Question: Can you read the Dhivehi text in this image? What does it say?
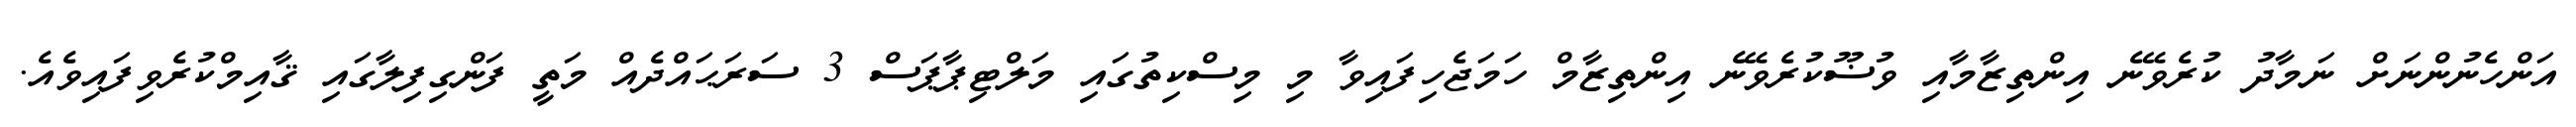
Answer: އަންހެނުންނަށް ނަމާދު ކުރެވޭނެ އިންތިޒާމާއި ވުޟޫކުރެވޭނެ އިންތިޒާމް ހަމަޖެހިފައިވާ މި މިސްކިތުގައި މަލްޓިޕާޕަސް 3 ސަރަޙައްދެއް މަތީ ފަންގިފިލާގައި ޤާއިމްކުރެވިފައިވެއެ.